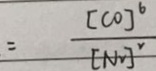
= \frac { [ C O ] ^ { 6 } } { [ N _ { 2 } ] ^ { 2 } }